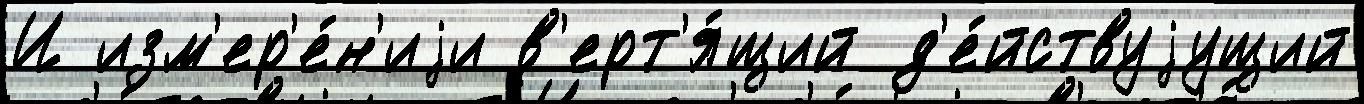
И изм'ер'е́н'иjи в'ерт'я́щий д'е́йствуjущий